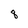
Character: 8